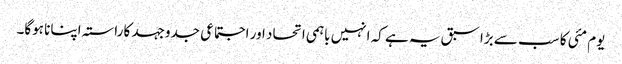
یوم مئی کا سب سے بڑا سبق یہ ہے کہ انہیں باہمی اتحاد اور اجتماعی جدوجہد کا راستہ اپنانا ہوگا۔